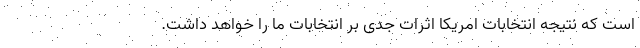
است که نتیجه انتخابات امریکا اثرات جدی بر انتخابات ما را خواهد داشت.